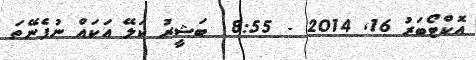
އޮކްޓޯބަރު 16